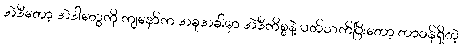
အဲဒီတော့ အဲဒါတွေကို ကျနော်က အခုအခါမှာ အဲဒီကိစ္စနဲ့ ပတ်သက်ပြီးတော့ တာဝန်ရှိတဲ့